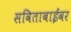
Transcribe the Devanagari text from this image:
सविताबाईंवर